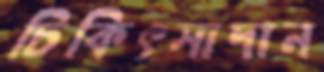
চিকিৎসাদান